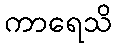
ကာရေသိ